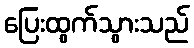
ပြေးထွက်သွားသည်